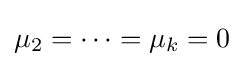
\mu _{2}=\cdots =\mu _{k}=0